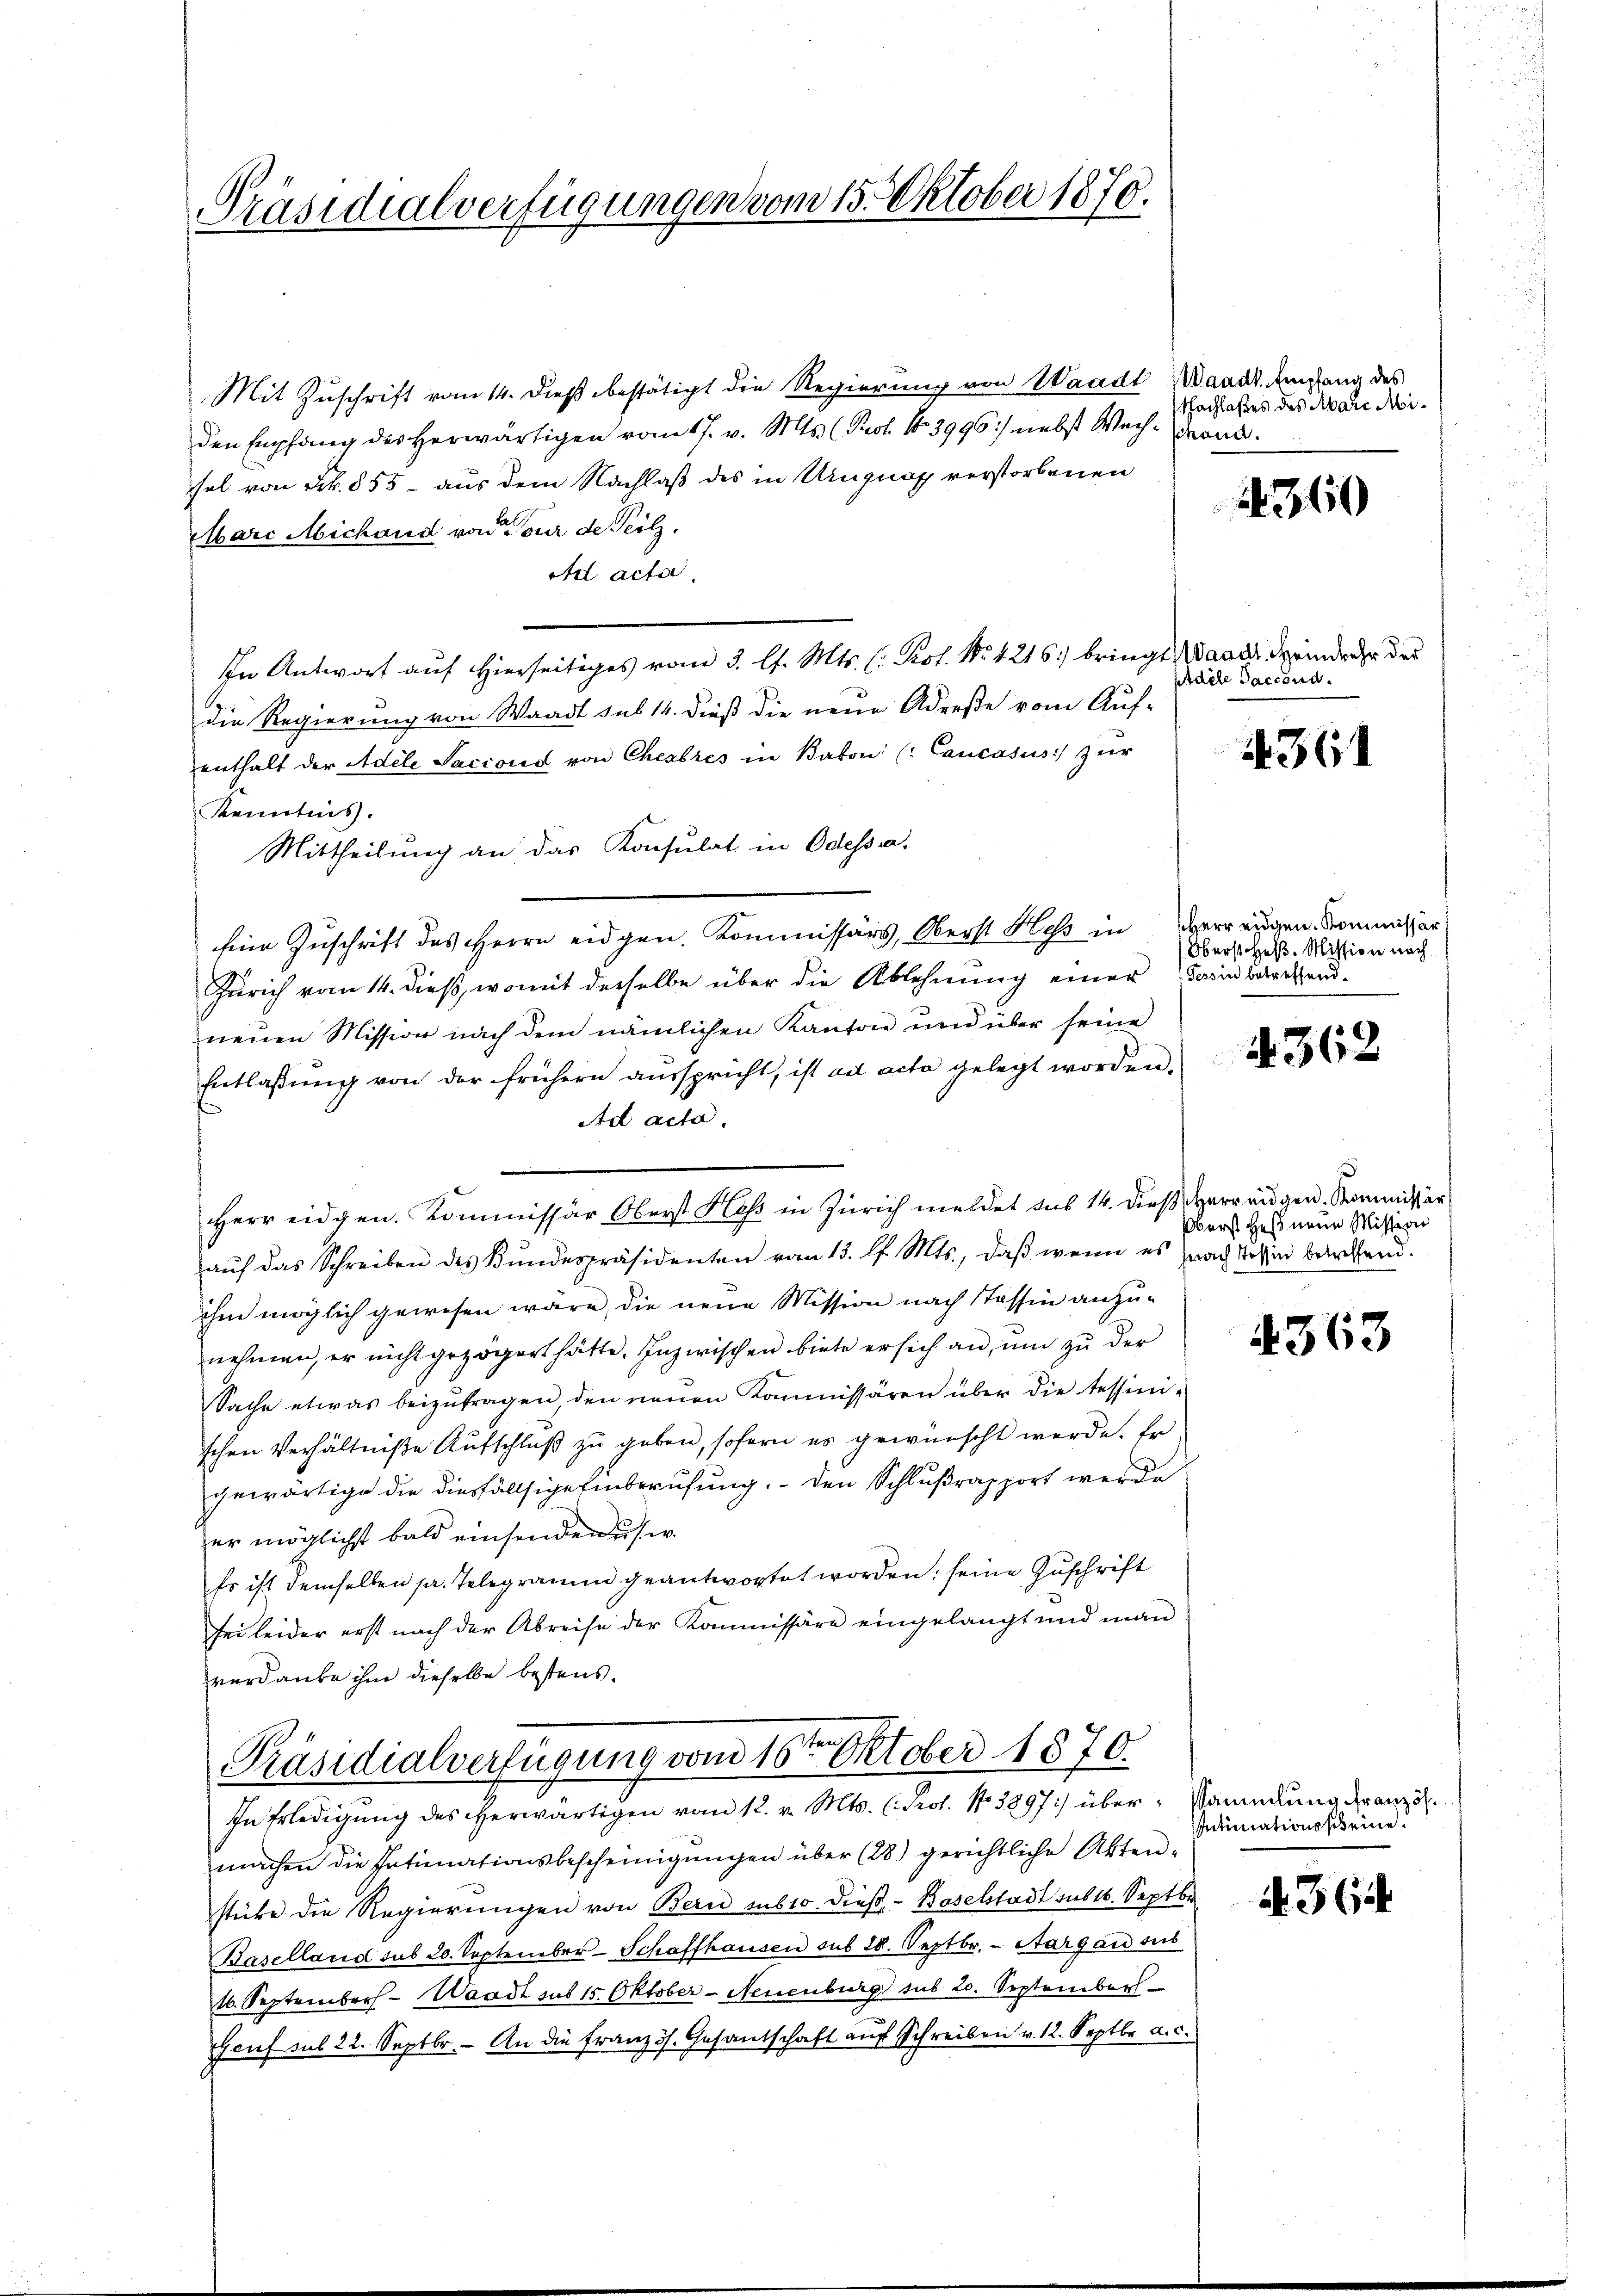
Präsidialverfügungen vom 15. Oktober 1870.

Mit Zuschrift vom 14. dieß bestätigt die Regierung von Waadt (Waadt. Umfang des
den Empfang des Herwärtigen vom 17. v. Mts. (Prof. No 3996 :/ nebst Wechsend.
sel von Frk. 855 - aus dem Nachlaß des in Uruguay verstorbenen
Mari Michand von Tour de Teilz.
Ad acta
In Antwort auf hierseitiges vom 3. l. Mts. C. Prof. No. 4216) bringt Waadt Meindere der
die Regierung von Waadt sub 14. dieß die neue Adrese vom Auf-
enthalt der Adele Sacrois von Chenbres in Baron (: Cancasus zur
Kenntnis.
Mittheilung an das Konsulat in Odessa,
Eine Zuschrift des Herrn eidgen. Kommissärs, Oberst Heß in Verrengen. Kommissär
Zürich vom 14. dieß, womit derselbe über die Ablehnung einer ain betreffendneuen Mission nach dem nämlichen Kanton und über seine
Entlassŭng von der frühern aŭsspricht, ist ad acta gelegt worden.
Ad acta.
Herr eidgen. Kommissär Oberst Klass in Zürich meldet das 14. dieß verrangen, Kommissär
aŭf das Schreiben des Bŭndespräsidenten vom 13. l. Mts., daβ wenn es nach Tessin betreffend.
ihm möglich gewesen wäre, die neue Mission nach Stossin anzunehmen, er nicht gezögert hätte. Inzwischen biete er sich an, um zu der
Sache etwas beizutragen, den neuen Kommissären über die tessinischen Verhältniße Aufschluß zu geben, sofern es gewünscht werde. Er
gewärtige die diesfällsige Einberufung. - Den Schlußrapport werde
er möglichst bald einsenden u. s. w.
Es ist demselben s. Telegramm geantwortet worden; seine Zuschrift
sei leider erst nach der Abreise der Kommissäre eingelangt und man
verdanke ihm dieselbe bestens.

Präsidialverfügung vom 16ten Oktober 1870.

Nachlaßes des Mare Mi¬

In Erledigung des herwärtigen vom 12. v. Mts. (Prot. No 3897) übermachen die Intimationsbescheinigungen über (28) gerichtliche Akten-
stücke die Regierungen von Bern muss dieß.- Baselstadt sub 16. Septbr.
Baselland sub 20. September-Schaffhausen sub 28. Septbr. - Aargau aus
16. September - Waadt sub 15. Oktober-Neuenburg sub 20. September
Genf sub 22. Septbr. An die französ. Gesandschaft aŭf Schreiben v. 12. Septbr a. c.

4340

Adele Saccoud.

1361

Oberst Heß. Mission nach

4362

Oberst Heß neue Mission

363

Sammlung französ.
Intimationsscheine.

A 364